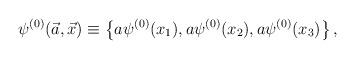
LaTeX: \begin{align*}\psi^{(0)}(\vec{a},\vec{x}) \equiv\left\{ a\psi^{(0)}(x_1),a\psi^{(0)}(x_2), a\psi^{(0)}(x_3) \right\},\end{align*}